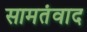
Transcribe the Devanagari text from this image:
सामतंवाद